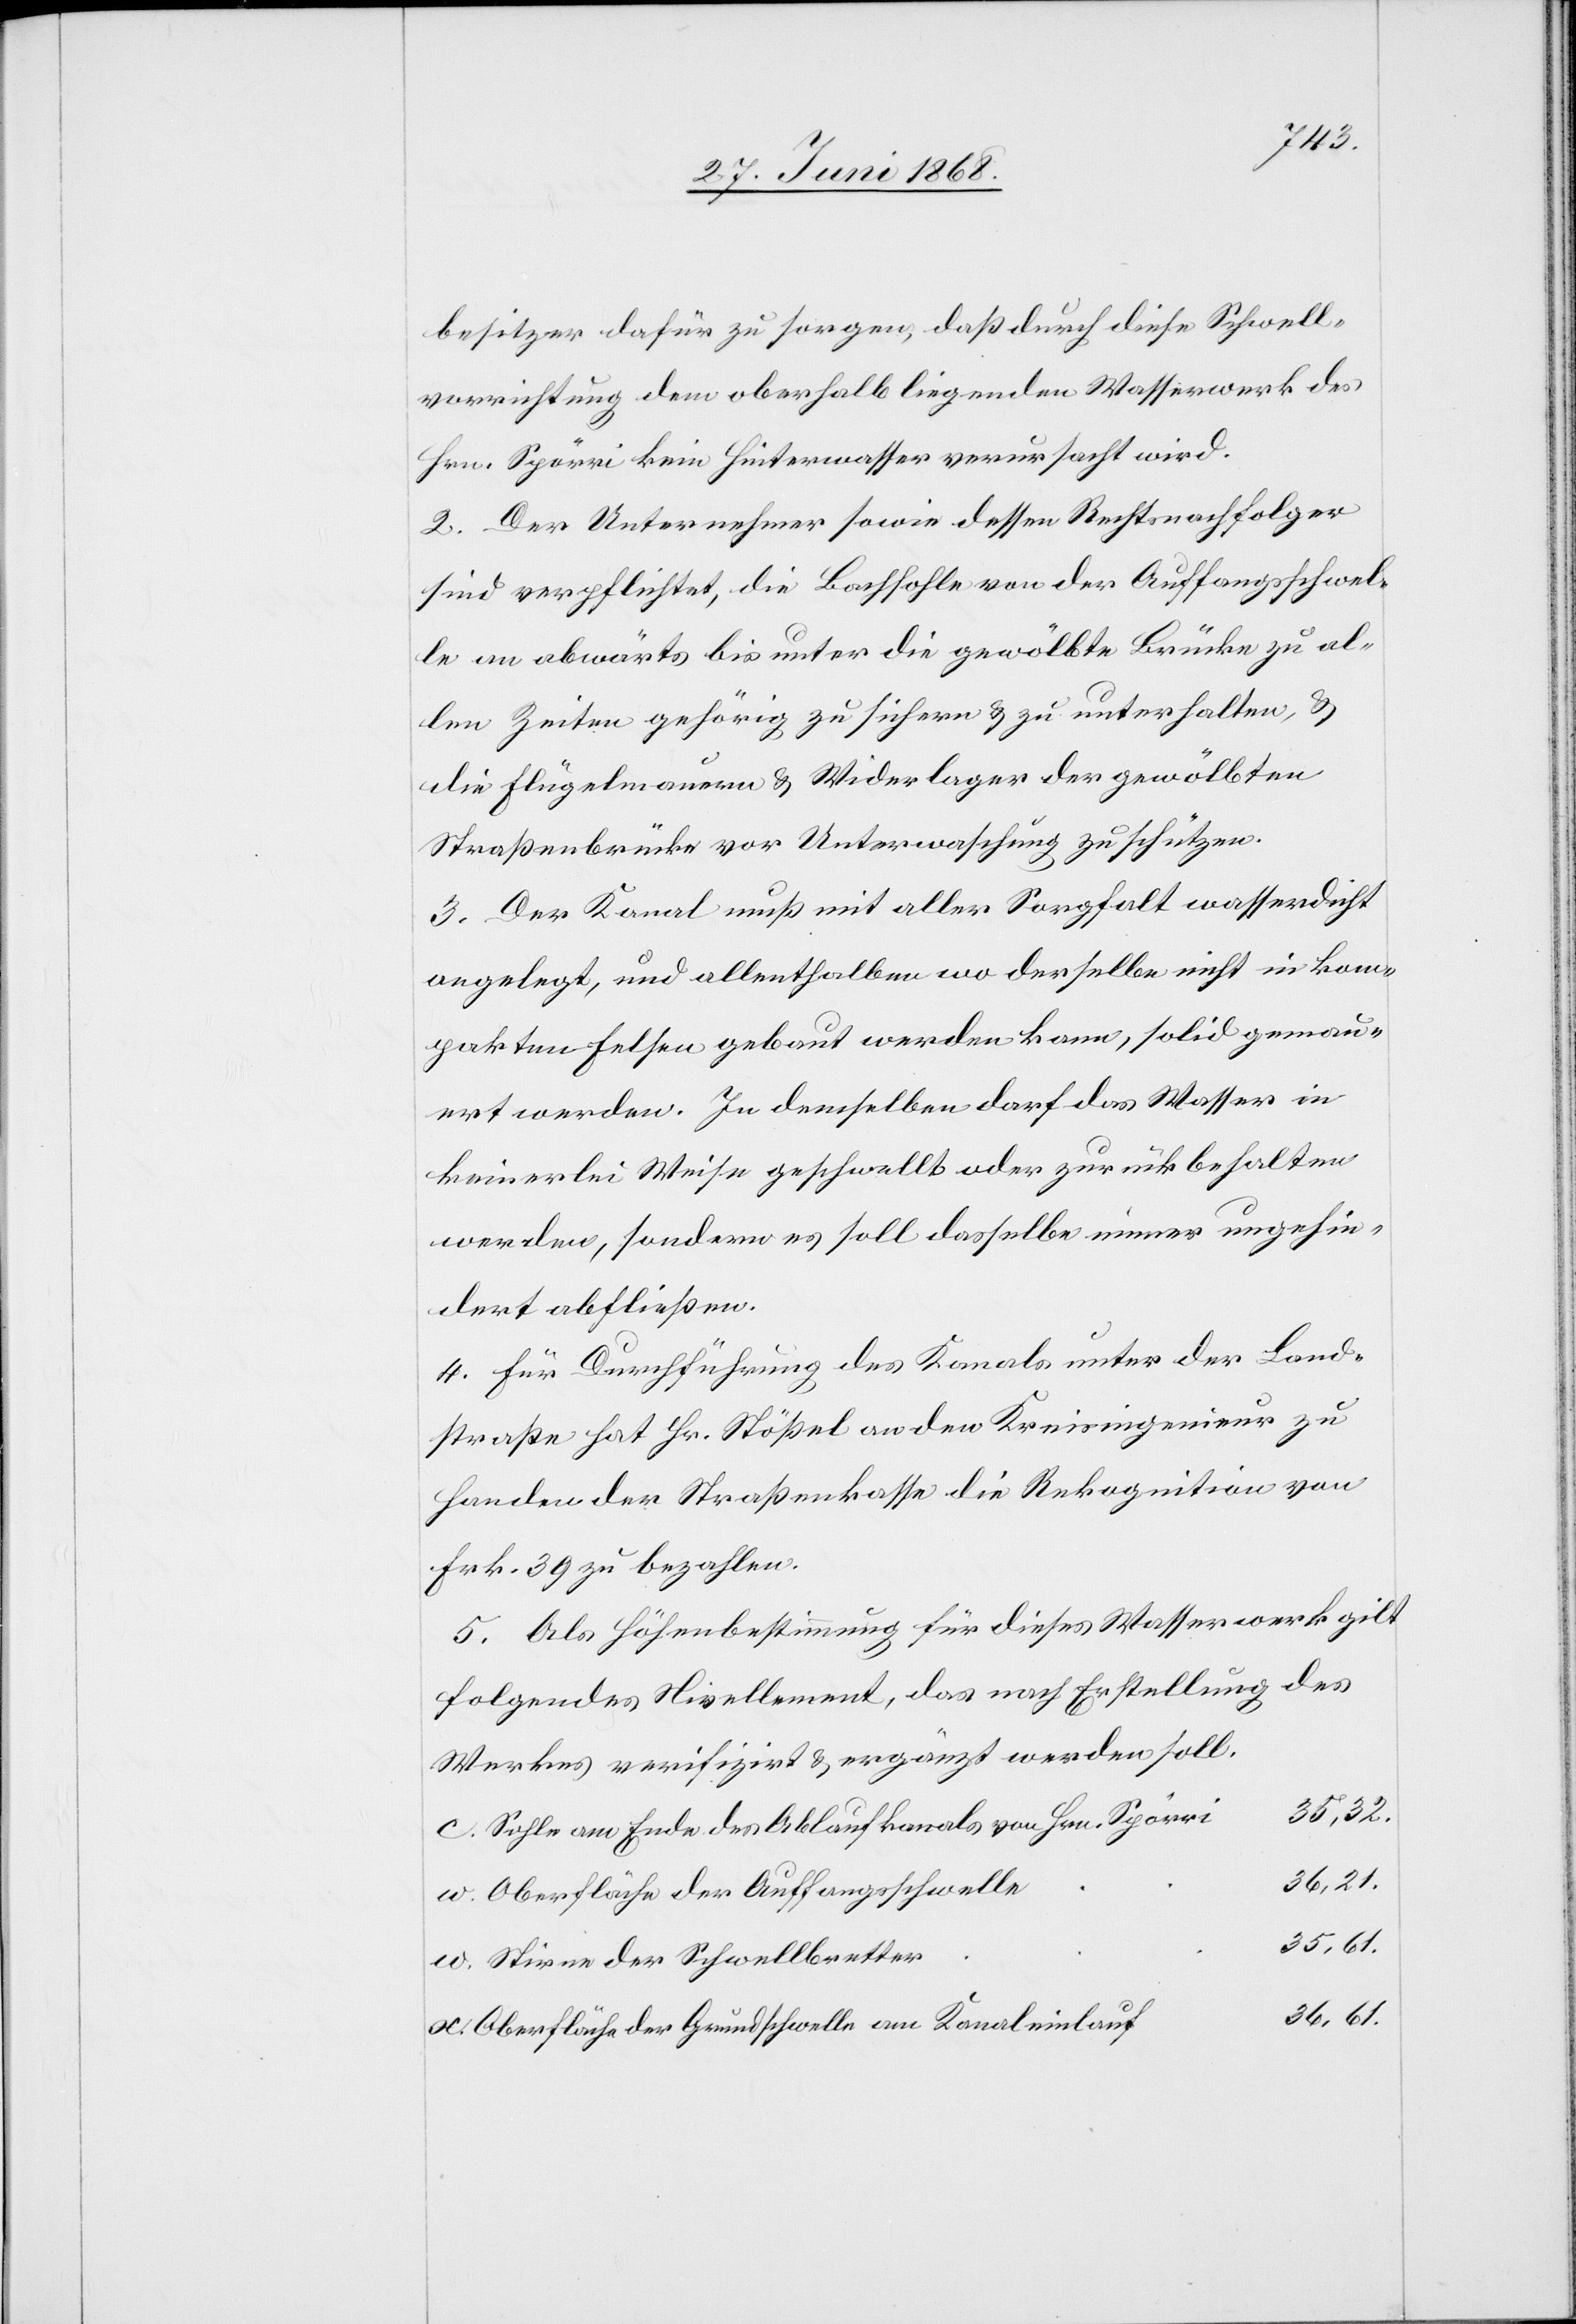
w.
besitzer dafür zu sorgen, daß durch diese Schwell¬
vorrichtung dem oberhalb liegenden Wasserwerk des
Hrn. Spörri kein Hinterwasser verursacht wird.
2. Der Unternehmer sowie dessen Rechtsnachfolger
sind verpflichtet, die Bachsohle von der Auffangsschwel¬
le an abwärts bis unter die gewölbte Brücke zu al¬
len Zeiten gehörig zu sichern & zu unterhalten, &
die Flügelmauern & Widerlager der gewölbten
Straßenbrücke vor Unterwaschung zu schützen.
3. Der Kanal muß mit aller Sorgfalt wasserdicht
angelegt, und allenthalben wo derselbe nicht in kom¬
pakten Felsen gebaut werden kann, solid gemau¬
ert werden. In demselben darf das Wasser in
keinerlei Weise geschwellt oder zurück behalten
werden, sondern es soll dasselbe immer ungehin¬
dert abfließen.
4. Für Durchführung des Kanals unter der Land¬
straße hat Hr. Stößel an den Kreisingenieur zu
Handen der Straßenkasse die Rekognition von
Frk. 39 zu bezahlen.
5. Als Höhenbestimmung für dieses Wasserwerk gilt
folgendes Nivellement, das nach Erstellung des
Werkes verifizirt & ergänzt werden soll.
35,32.
Sohle am Ende des Ablaufkanals von Hr. Spörri
36,21.
Oberfläche der Auffangsschwelle
Stirne der Schwellbretter
36,61.
Oberfläche der Grundschwelle am Kanaleinlauf